Vaccination in Bombay 1869-1873 - 1869-1873
Year: 1869
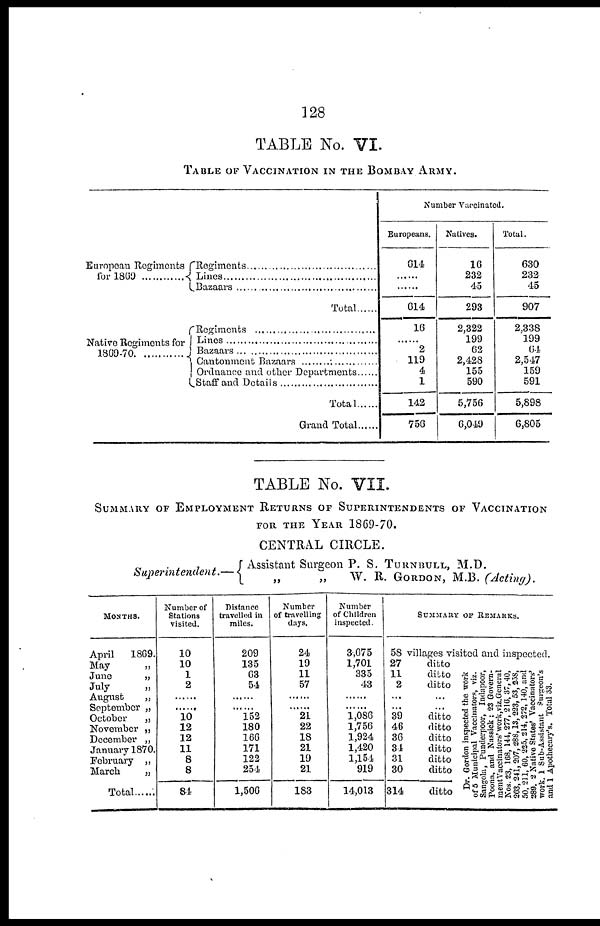
128
TABLE No. VI.
TABLE OF VACCINATION IN THE BOMBAY ARMY.
European Regiments
for 1869
Regiments ........................................
Lines .................................................
Bazaars ...........................................
Total ......
Native Regiments for
1869-70...........
Regiments ........................................
Lines .................................................
Bazaars ...........................................
Cantonment Bazaars .........................
Ordnance and other Departments
Staff and Details
Total .....
Grand Total ......
Number Vaccinated.
Europeans.
614
......
......
614
16
......
2
119
4
1
142
756
Natives.
16
232
45
293
2,322
199
62
2,428
155
590
5,756
6,049
Total.
630
232
45
907
2,338
199
64
2,547
159
591
5,898
6,805
TABLE No. VII.
SUMMARY OF EMPLOYMENT RETURNS OF SUPERINTENDENTS OF VACCINATION
FOR THE YEAR 1869-70.
CENTRAL CIRCLE.
Superintendent.—
Assistant Surgeon P. S. TURNBULL, M.D.
„
„
W. R. GORDON, M.B. (Acting).
MONTHS.
April 1869.
May
„
June
„
July
„
August „
September „
October
„
November „
December „
January 1870.
February „
March.
„
Total ......
Number of
Stations
visited.
10
10
1
2
......
...... 10
12
12
11
8
8
84
Distance
travelled in
miles.
209
135
63
54
......
...... 152
180
166
171
122
254
1,506
Number
of travelling
days.
24
19
11
57
......
...... 21
22
18
21
19
21
183
Number
of Children
inspected.
3,675
1,701
335
43
......
...... 1,086
1,756
1,924
1,420
1,154
919
14,013
SUMMARY
OF REMARKS.
58
27
11
2
...
...
39
46
36
34
31
30
314
villages visited and inspected.
ditto
ditto
ditto
...
...
ditto
ditto
ditto
ditto
ditto
ditto
ditto
Dr. Gordon inspected the work
of 5 Municipal Vaccinators, viz.
Sangola, Punderpoor, Indapoor,
Poona, and Nassick ; 23 Govern-
mentVaccinators'work.viz.General
Nos. 23, 168, 144,277, 216, 37, 40,
263, 241, 207, 288,13, 223, 53, 258,
50, 211, 60, 225, 214, 272, 140, and
289. 2 Native States' Vaccinators'
work. 1 Sub-Assistant Surgeon's
and 1 Apothecary's. Total 33.